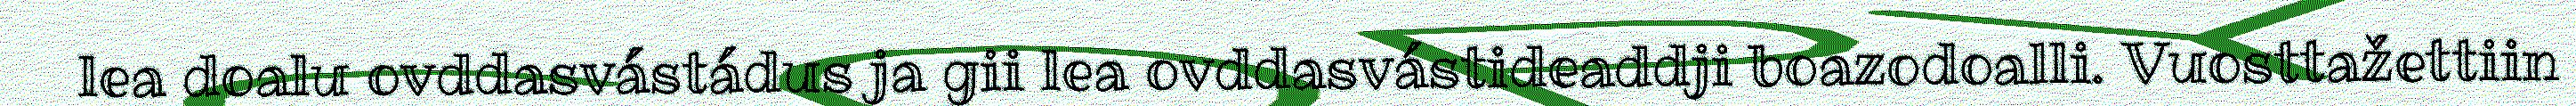
lea doalu ovddasvástádus ja gii lea ovddasvástideaddji boazodoalli. Vuosttažettiin